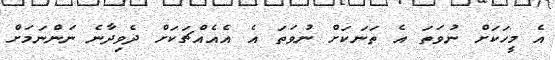
އެ މީހަކަށް ނުވަތަ އެ ތަނަކަށް ނުވަތަ އެ އެއެއްޗަކަށް ދެވިދާނެ ނަންނަމަށް